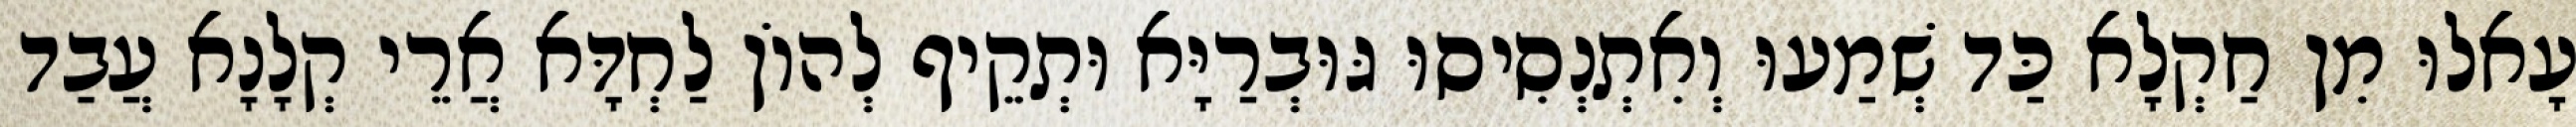
עָאלוּ מִן חַקְלָא כַּד שְׁמַעוּ וְאִתְנְסִיסוּ גּוּבְרַיָּא וּתְקֵיף לְהוֹן לַחְדָּא אֲרֵי קְלָנָא עֲבַד